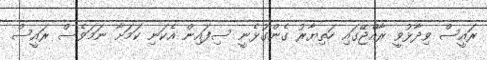
ރައީސް ވިދާޅުވީ ރާއްޖޭގައި ހަތިޔާރު ގެންގުޅެނީ ސިފައިން އެކަނި ކަމަށާ ނަމަވެސް ރައީސް